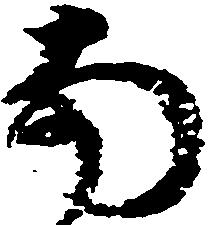
南